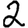
Digit: 2